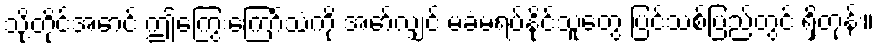
သို့တိုင်အောင် ဤကြွေးကြော်သံကို အော်လျှင် မခံမရပ်နိုင်သူတွေ ပြင်သစ်ပြည်တွင် ရှိတုန်း။